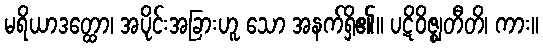
မရိယာဒတ္ထော၊ အပိုင်းအခြားဟူ သော အနက်ရှိ၏။ ပဋိဝိဇ္ဈတီတိ၊ ကား။